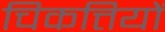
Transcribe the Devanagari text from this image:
चिकत्तियों